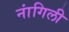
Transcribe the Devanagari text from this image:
नांगिली